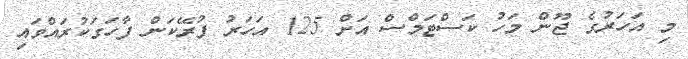
މި އަހަރުގެ ޖޫން މަހު ކަސްޓަމްސް އަށް 125 އަހަރު ފުރޭކަން ފާހަގަކުރައްވައި